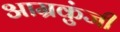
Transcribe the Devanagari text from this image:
आम्रकुंजी